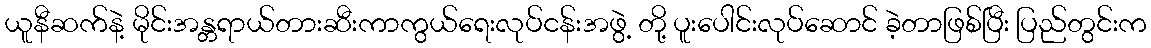
ယူနီဆက်နဲ့ မိုင်းအန္တရာယ်တားဆီးကာကွယ်ရေးလုပ်ငန်းအဖွဲ့ တို့ ပူးပေါင်းလုပ်ဆောင် ခဲ့တာဖြစ်ပြီး ပြည်တွင်းက